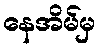
နေအိမ်မှ